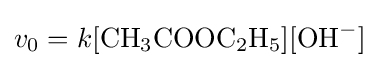
v_{0}=k[{\ce {CH3COOC2H5}}][{\ce {OH-}}]